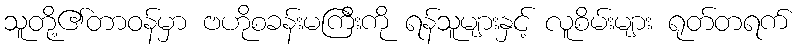
သူတို့၏တာဝန်မှာ ဗဟိုစခန်းမကြီးကို ရန်သူများနှင့် လူစိမ်းများ ရုတ်တရက်